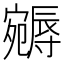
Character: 𡫦